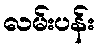
လမ်းပန်း